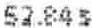
52.84 S